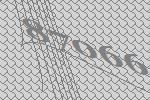
87066